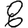
Digit: 8